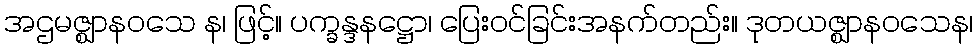
အဌမဇ္ဈာနဝသေ န၊ ဖြင့်။ ပက္ခန္ဒနဋ္ဌော၊ ပြေးဝင်ခြင်းအနက်တည်း။ ဒုတယဇ္ဈာနဝသေန၊